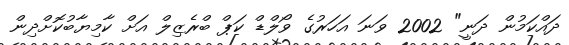
ދައްކަމުން ދަނީ" 2002 ވަނަ އަހަރުގެ ވޯލްޑް ކަޕް ބްރެޒިލް އަށް ކާމިޔާބުކޮށްދިން